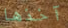
آخذها